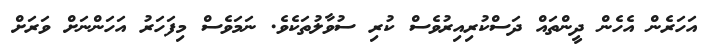
އަހަރެން އެހެން ދީންތައް ދަސްކުރިއިރުވެސް ކުރި ސުވާލުތަކެވެ. ނަމަވެސް މިފަހަރު އަހަންނަށް ވަރަށް